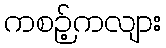
ကစဉ့်ကလျား